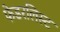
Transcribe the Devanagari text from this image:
फेडरलिस्ट